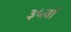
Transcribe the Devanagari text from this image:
३५वां